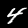
Label: 4